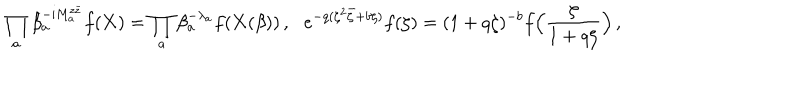
\! \! \prod _ { a } \beta _ { a } ^ { - \mathrm { i } M _ { a } ^ { z \bar { z } } } f ( { \bf X } ) = \prod _ { a } \beta _ { a } ^ { - \lambda _ { a } } f ( { \bf X } ( \beta ) ) \, , \quad \! \! e ^ { - q ( \zeta ^ { 2 } \bar { \zeta } + b \zeta ) } f ( \zeta ) = ( 1 + q \zeta ) ^ { - b } f \Bigl ( \frac { \zeta } { 1 + q \zeta } \Bigr ) \, ,